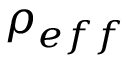
\boldsymbol { \rho } _ { e f f }